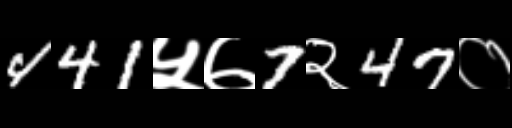
Text: 441५७7२47०